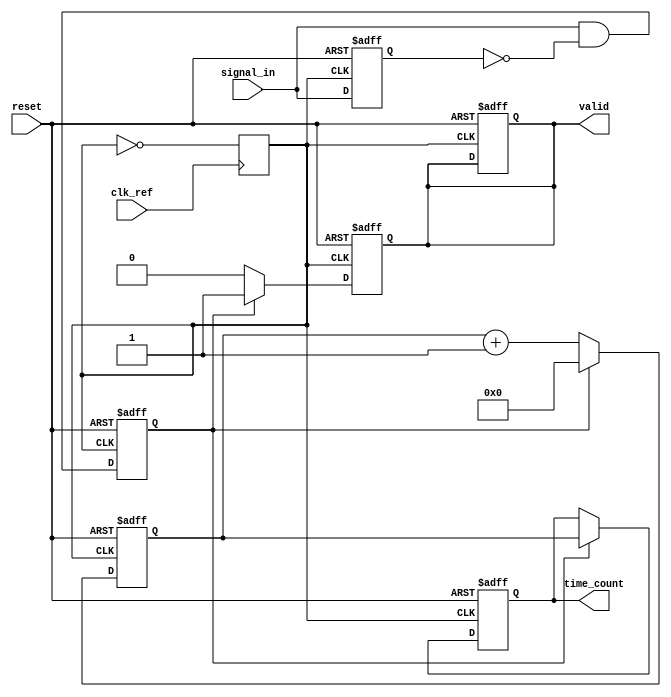
module TDC (
    input wire clk_ref,          // Reference clock input
    input wire signal_in,        // Input signal to measure time intervals
    input wire reset,            // Reset signal
    output reg [31:0] time_count, // Output time interval count
    output reg valid             // Output valid signal
);

    // PLL parameters (these would be defined based on the specific PLL implementation)
    parameter PLL_MULTIPLIER = 8; // Example multiplier for PLL
    reg clk_pll;                   // PLL generated clock

    // PLL Simulation (stub, replace with actual PLL instantiation)
    always @(posedge clk_ref) begin
        clk_pll <= ~clk_pll; // Simple toggle for simulation
    end

    // Edge detection
    reg signal_in_d;            // Delayed version of the input signal
    reg edge_detected;          // Edge detected flag
    reg edge_detected_d;        // Delayed edge detected flag

    always @(posedge clk_pll or posedge reset) begin
        if (reset) begin
            signal_in_d <= 0;
            edge_detected <= 0;
            valid <= 0;
        end else begin
            signal_in_d <= signal_in;
            edge_detected <= (signal_in & ~signal_in_d); // Rising edge detection
        end
    end

    // Time measurement
    reg [31:0] counter;          // Counter for clock cycles

    always @(posedge clk_pll or posedge reset) begin
        if (reset) begin
            counter <= 0;
            time_count <= 0;
            valid <= 0;
        end else begin
            if (edge_detected) begin
                time_count <= counter; // Capture the count on edge detection
                valid <= 1;            // Signal that the count is valid
                counter <= 0;          // Reset counter for next interval
            end else begin
                counter <= counter + 1; // Increment counter
                valid <= 0;             // Clear valid signal
            end
        end
    end

endmodule